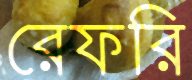
রেফরি